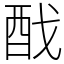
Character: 䣬